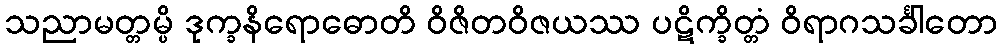
သညာမတ္တမ္ပိ ဒုက္ခနိရောဓောတိ ဝိဇိတဝိဇယဿ ပဋိက္ခိတ္တံ ဝိရာဂသင်္ခါတော